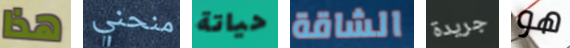
هذا منحني حياتة الشاقة جريدة هو